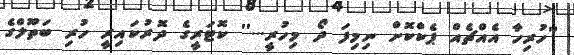
''ހުރިހާ އެއްޗެއް ޕެކްކޮށް ނިމިފަ ދޯ މިހުރީ...'' ކޮޓަރީގެ ދޮރުކައިރީ ހުރި ބަތޫލްގެ